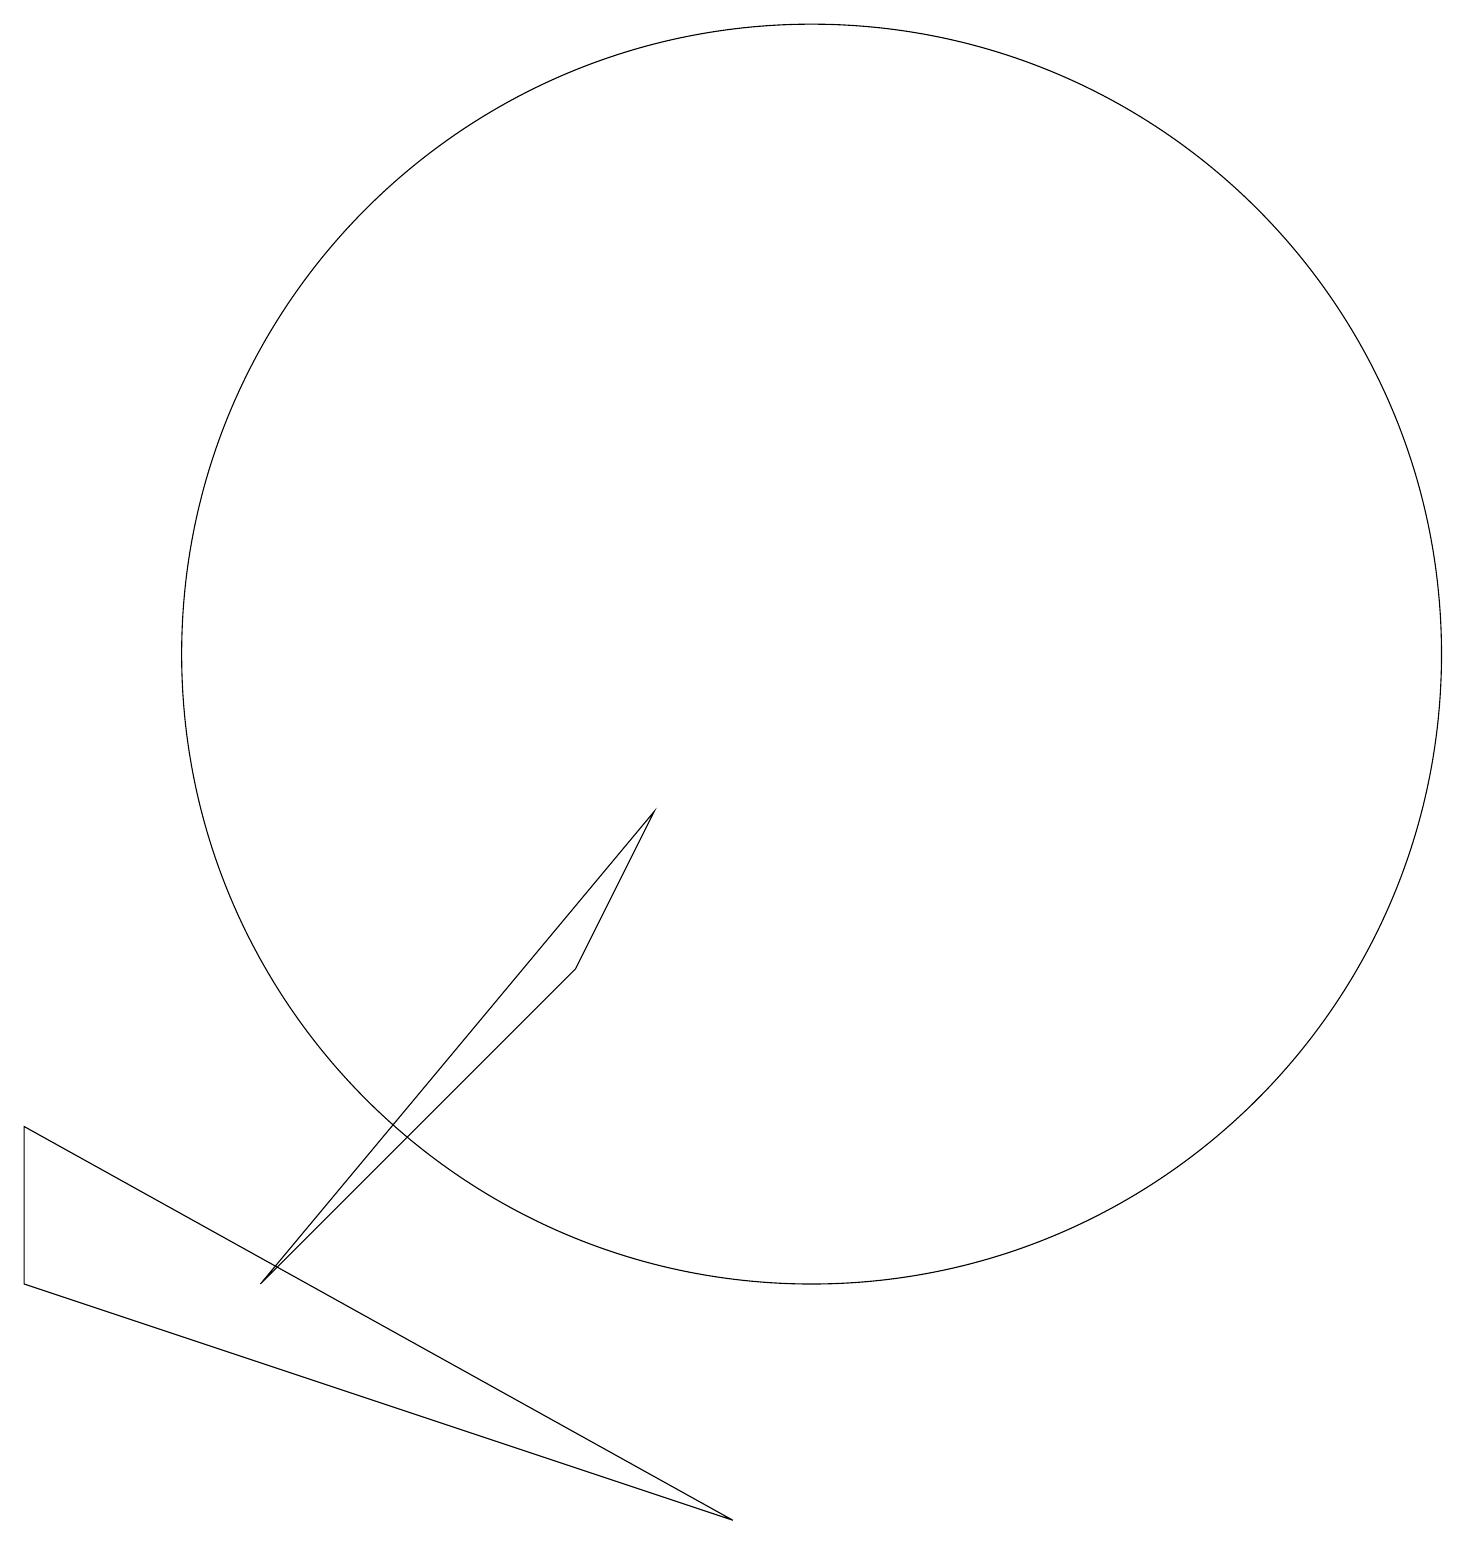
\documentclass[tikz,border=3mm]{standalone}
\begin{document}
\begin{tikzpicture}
\draw (0,5) -- (0,3) -- (9,0) -- cycle;
\draw (10,11) circle (8);
\draw (8,9) -- (7,7) -- (3,3) -- cycle;
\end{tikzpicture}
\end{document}